Vabadussoja_Ajaloo_Komitee, lk 23
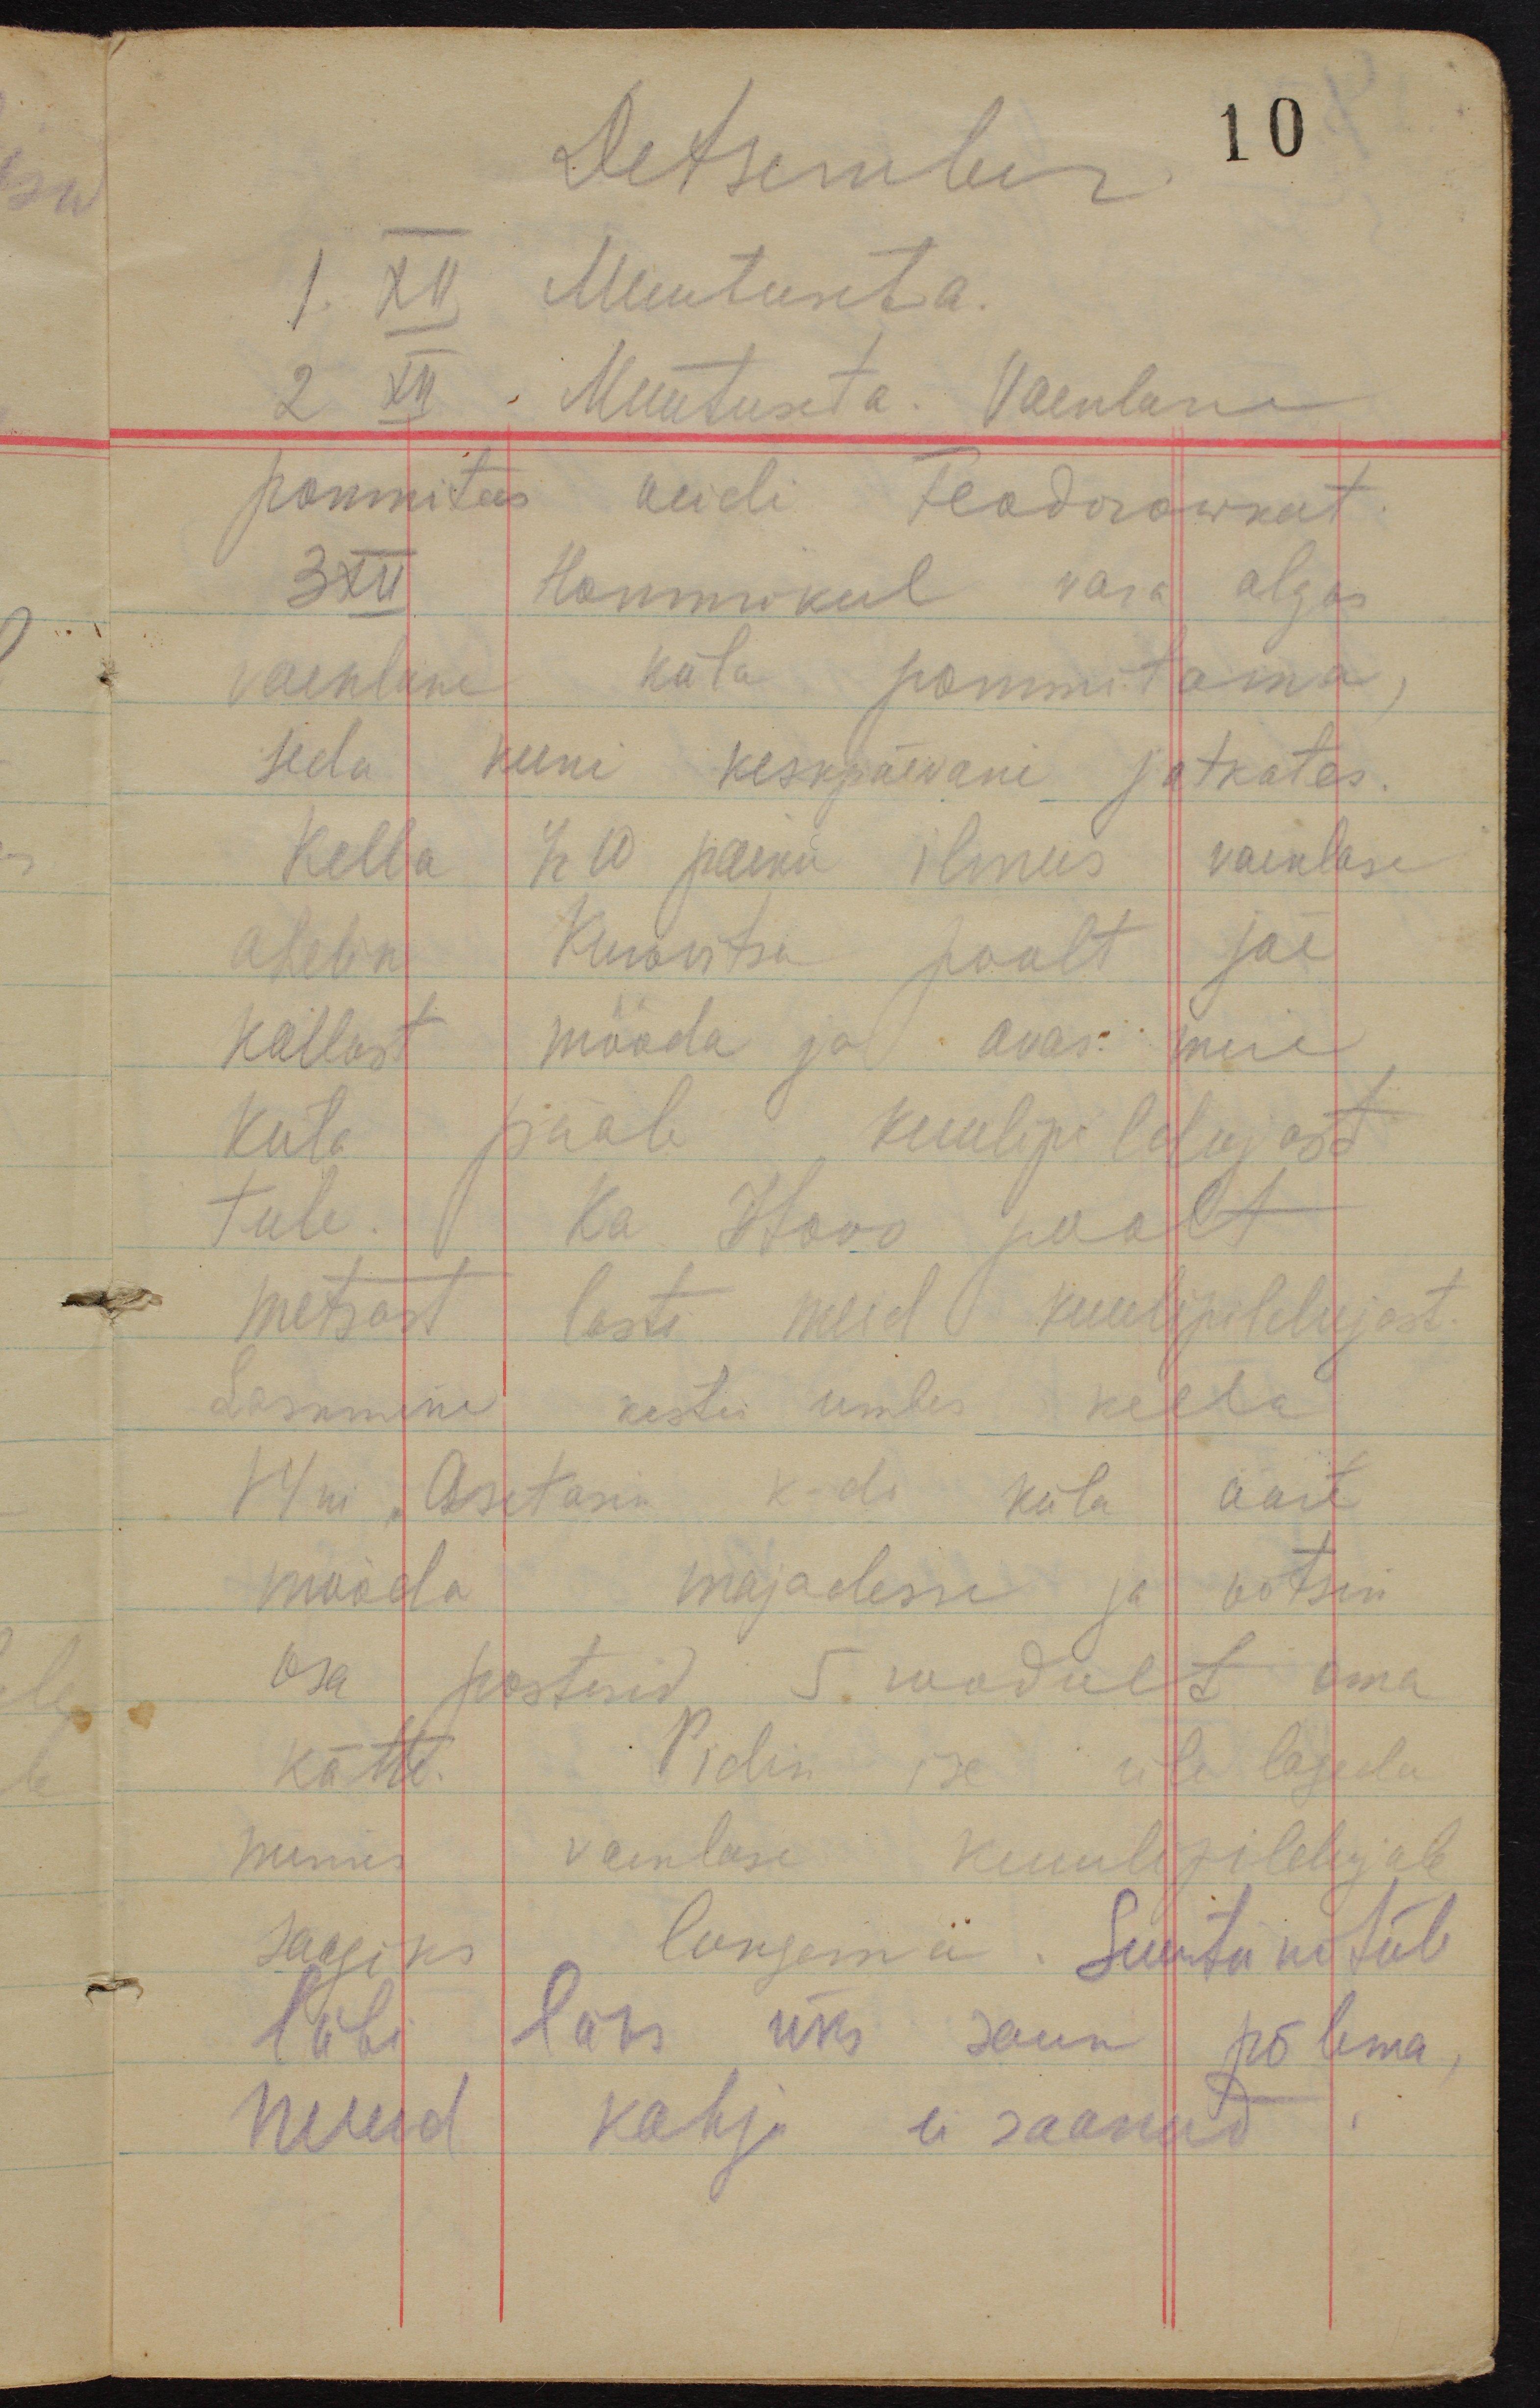
Detsember
10
1. XII Muutuseta.
2 XII Muutuseta. Vaenlane
pommitas veidi Feodorowkat.
3 XII Hommikul vara algas
vaenlane küla pommitama,
seda kuni keskpäevani jatkates.
Kella 1/2 10 paiku ilmus vaenlase
ahelik Kurovitsa poolt jõe
kallast mööda ja avas meie
küla pääle kuulipildujast
tule. Ka Itovo poolt
metsast lasti meid kuulipildujast.
Laskmine kestis umbes kella
14ni. Asetasin k-de küla äärt
mööda majadesse ja võtsin
osa postisid 5. roodult oma
kätte. Pidin ise üle lageda
minnes vaenlase kuulipildujale
saagiks langema. Suurtükitule
läbi läks üks saun põlema,
muud kahju ei saanud.